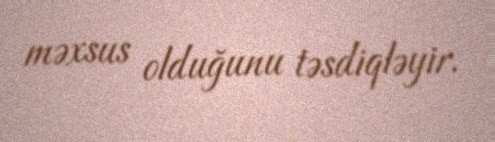
məxsus olduğunu təsdiqləyir.